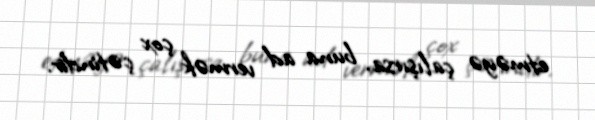
etməyə çalışırsa, buna ad vermək çox çətindir.